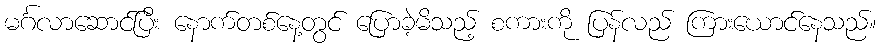
မင်္ဂလာဆောင်ပြီး နောက်တစ်နေ့တွင် ပြောခဲ့မိသည့် စကားကို ပြန်လည် ကြားယောင်နေသည်။